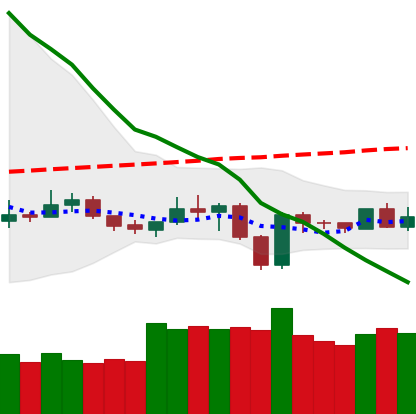
Ticker: NEO-USD
Chart end date: 2019-12-24
Forward return: 5.425%
Label: up_5_7